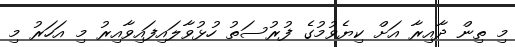
މި ތިން ދާއިރާ އަށް ކިޔެވުމުގެ ފުރުސަތު ހުޅުވާލައިފައިވާއިރު މި އަހަރު މި